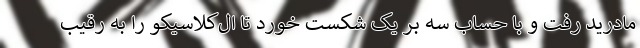
مادرید رفت و با حساب سه بر یک شکست خورد تا ال‌کلاسیکو را به رقیب